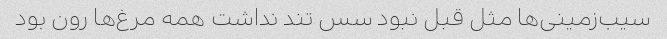
سیب‌زمینی‌ها مثل قبل نبود سس تند نداشت همه مرغ‌ها رون بود